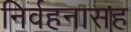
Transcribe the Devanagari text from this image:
निर्वहनासह